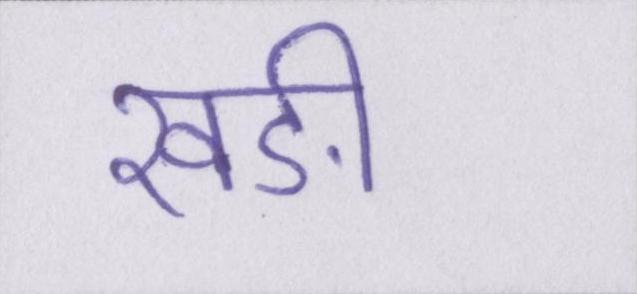
खङी